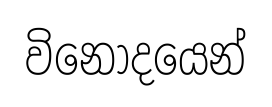
විනොදයෙන්